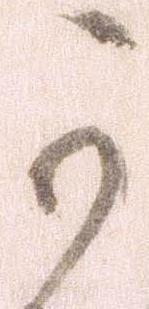
可